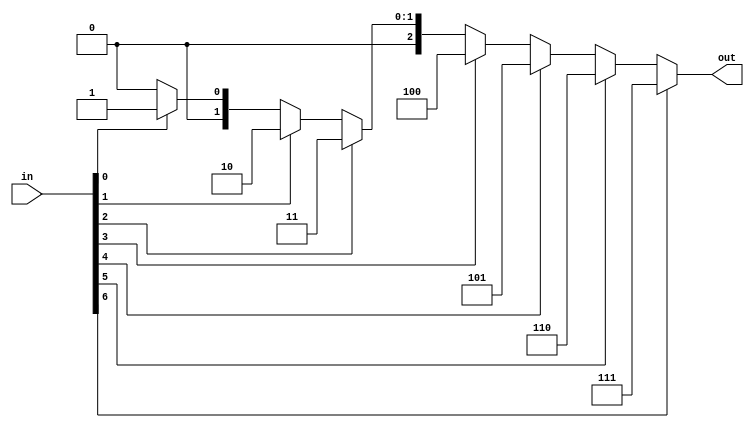
module log
(
    input wire [7:0] in,
    output wire [2:0] out
);

assign out = in[6] ? 7 : in[5] ? 6 : in[4] ? 5 : in[3] ? 4 : in[2] ? 3 : in[1] ? 2 : in[0] ? 1 : 0;

endmodule